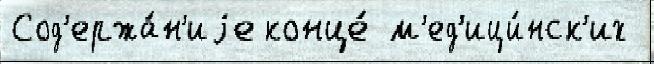
Сод'ержа́н'иjе конце́ м'ед'ици́нск'их